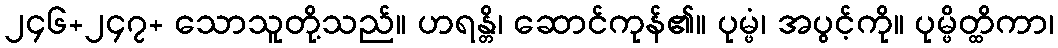
၂၄၆+၂၄၇+ သောသူတို့သည်။ ဟရန္တိ၊ ဆောင်ကုန်၏။ ပုမ္ဖံ၊ အပွင့်ကို။ ပုမ္ဖိတ္ထိကာ၊